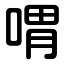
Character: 喟